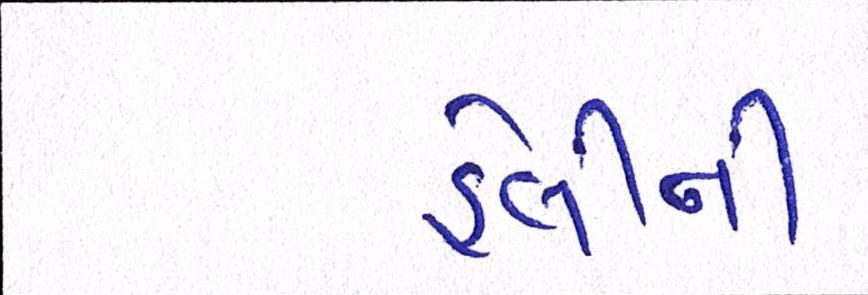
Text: હેલીની